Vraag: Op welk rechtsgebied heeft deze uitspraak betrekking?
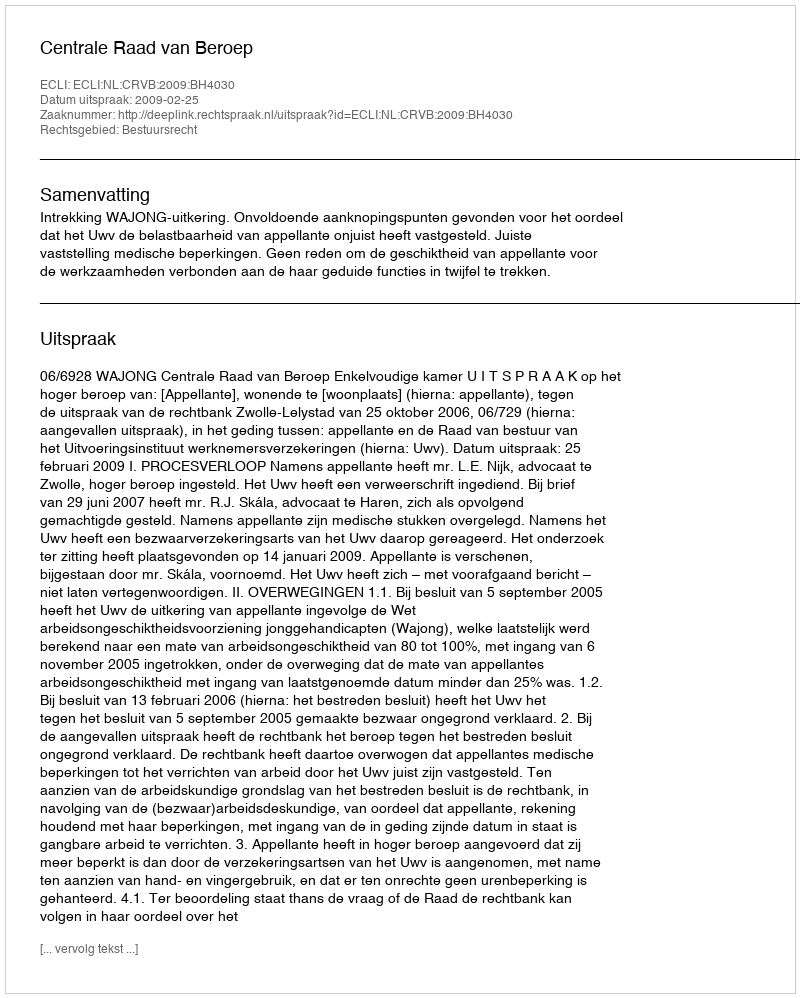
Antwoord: Bestuursrecht